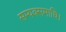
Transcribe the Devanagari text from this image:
सम्यक्समाधि।